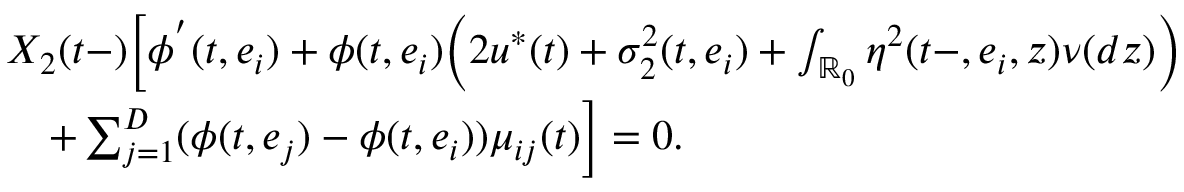
\begin{array} { r l } & { X _ { 2 } ( t - ) \biggl [ \phi ^ { ' } ( t , e _ { i } ) + \phi ( t , e _ { i } ) \biggl ( 2 u ^ { * } ( t ) + \sigma _ { 2 } ^ { 2 } ( t , e _ { i } ) + \int _ { \mathbb { R } _ { 0 } } \eta ^ { 2 } ( t - , e _ { i } , z ) \nu ( d z ) \biggr ) } \\ & { \quad + \sum _ { j = 1 } ^ { D } ( \phi ( t , e _ { j } ) - \phi ( t , e _ { i } ) ) \mu _ { i j } ( t ) \biggr ] = 0 . } \end{array}